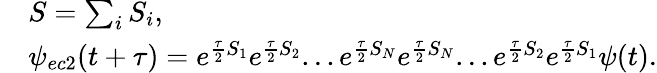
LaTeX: \begin{array}{rl}&{S=\sum_{i}S_{i},}\\ &{\psi_{ec2}(t+\tau)=e^{\frac{\tau}{2}S_{1}}e^{\frac{\tau}{2}S_{2}}...e^{\frac{\tau}{2}S_{N}}e^{\frac{\tau}{2}S_{N}}...e^{\frac{\tau}{2}S_{2}}e^{\frac{\tau}{2}S_{1}}\psi(t).}\end{array}